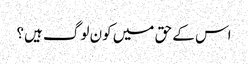
اس کے حق میں کون لوگ ہیں؟